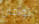
توأمان